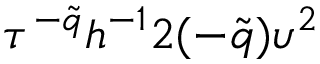
\tau ^ { - \tilde { q } } h ^ { - 1 } 2 ( - \tilde { q } ) \upsilon ^ { 2 }